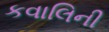
કવાલિની